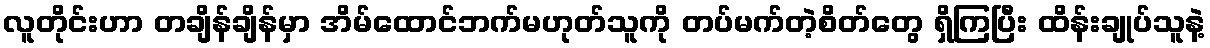
လူတိုင်းဟာ တချိန်ချိန်မှာ အိမ်ထောင်ဘက်မဟုတ်သူကို တပ်မက်တဲ့စိတ်တွေ ရှိကြပြီး ထိန်းချုပ်သူနဲ့